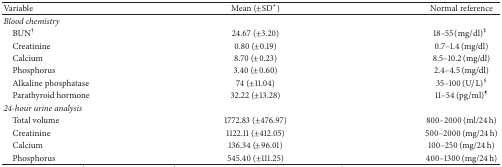
<table><thead><tr><td><b>Variable</b></td><td><b>Mean (±SD<sup><i>∗</i></sup>)</b></td><td><b>Normal reference</b></td></tr></thead><tbody><tr><td colspan="3"><i>Blood chemistry</i></td></tr><tr><td> BUN<sup>†</sup></td><td>24.67 (±3.20)</td><td>18–55 (mg/dl)<sup>‡</sup></td></tr><tr><td> Creatinine</td><td>0.80 (±0.19)</td><td>0.7–1.4 (mg/dl)</td></tr><tr><td> Calcium</td><td>8.70 (±0.23)</td><td>8.5–10.2 (mg/dl)</td></tr><tr><td> Phosphorus</td><td>3.40 (±0.60)</td><td>2.4–4.5 (mg/dl)</td></tr><tr><td> Alkaline phosphatase</td><td>74 (±11.04)</td><td>35–100 (U/L)<sup>§</sup></td></tr><tr><td> Parathyroid hormone</td><td>32.22 (±13.28)</td><td>11–54 (pg/ml)<sup>¶</sup></td></tr><tr><td colspan="3"><i>24-hour urine analysis</i></td></tr><tr><td> Total volume</td><td>1772.83 (±476.97)</td><td>800–2000 (ml/24 h)</td></tr><tr><td> Creatinine</td><td>1122.11 (±412.05)</td><td>500–2000 (mg/24 h)</td></tr><tr><td> Calcium</td><td>136.34 (±96.01)</td><td>100–250 (mg/24 h)</td></tr><tr><td> Phosphorus</td><td>545.40 (±111.25)</td><td>400–1300 (mg/24 h)</td></tr></tbody></table>